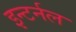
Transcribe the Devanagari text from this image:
इन्टर्नल